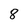
Character: 8